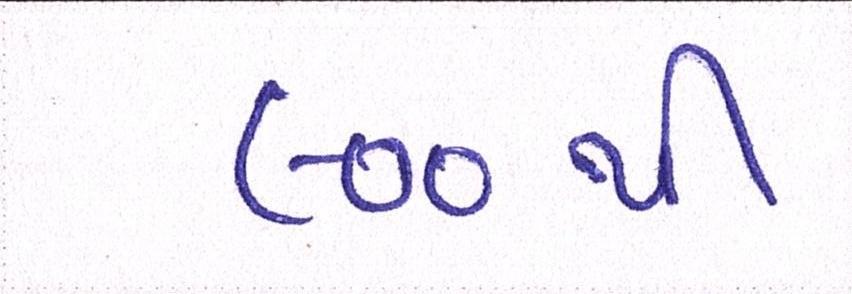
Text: ૯૦૦થી